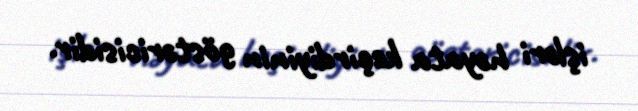
işləri həyata keçirdiyinin göstəricisidir.